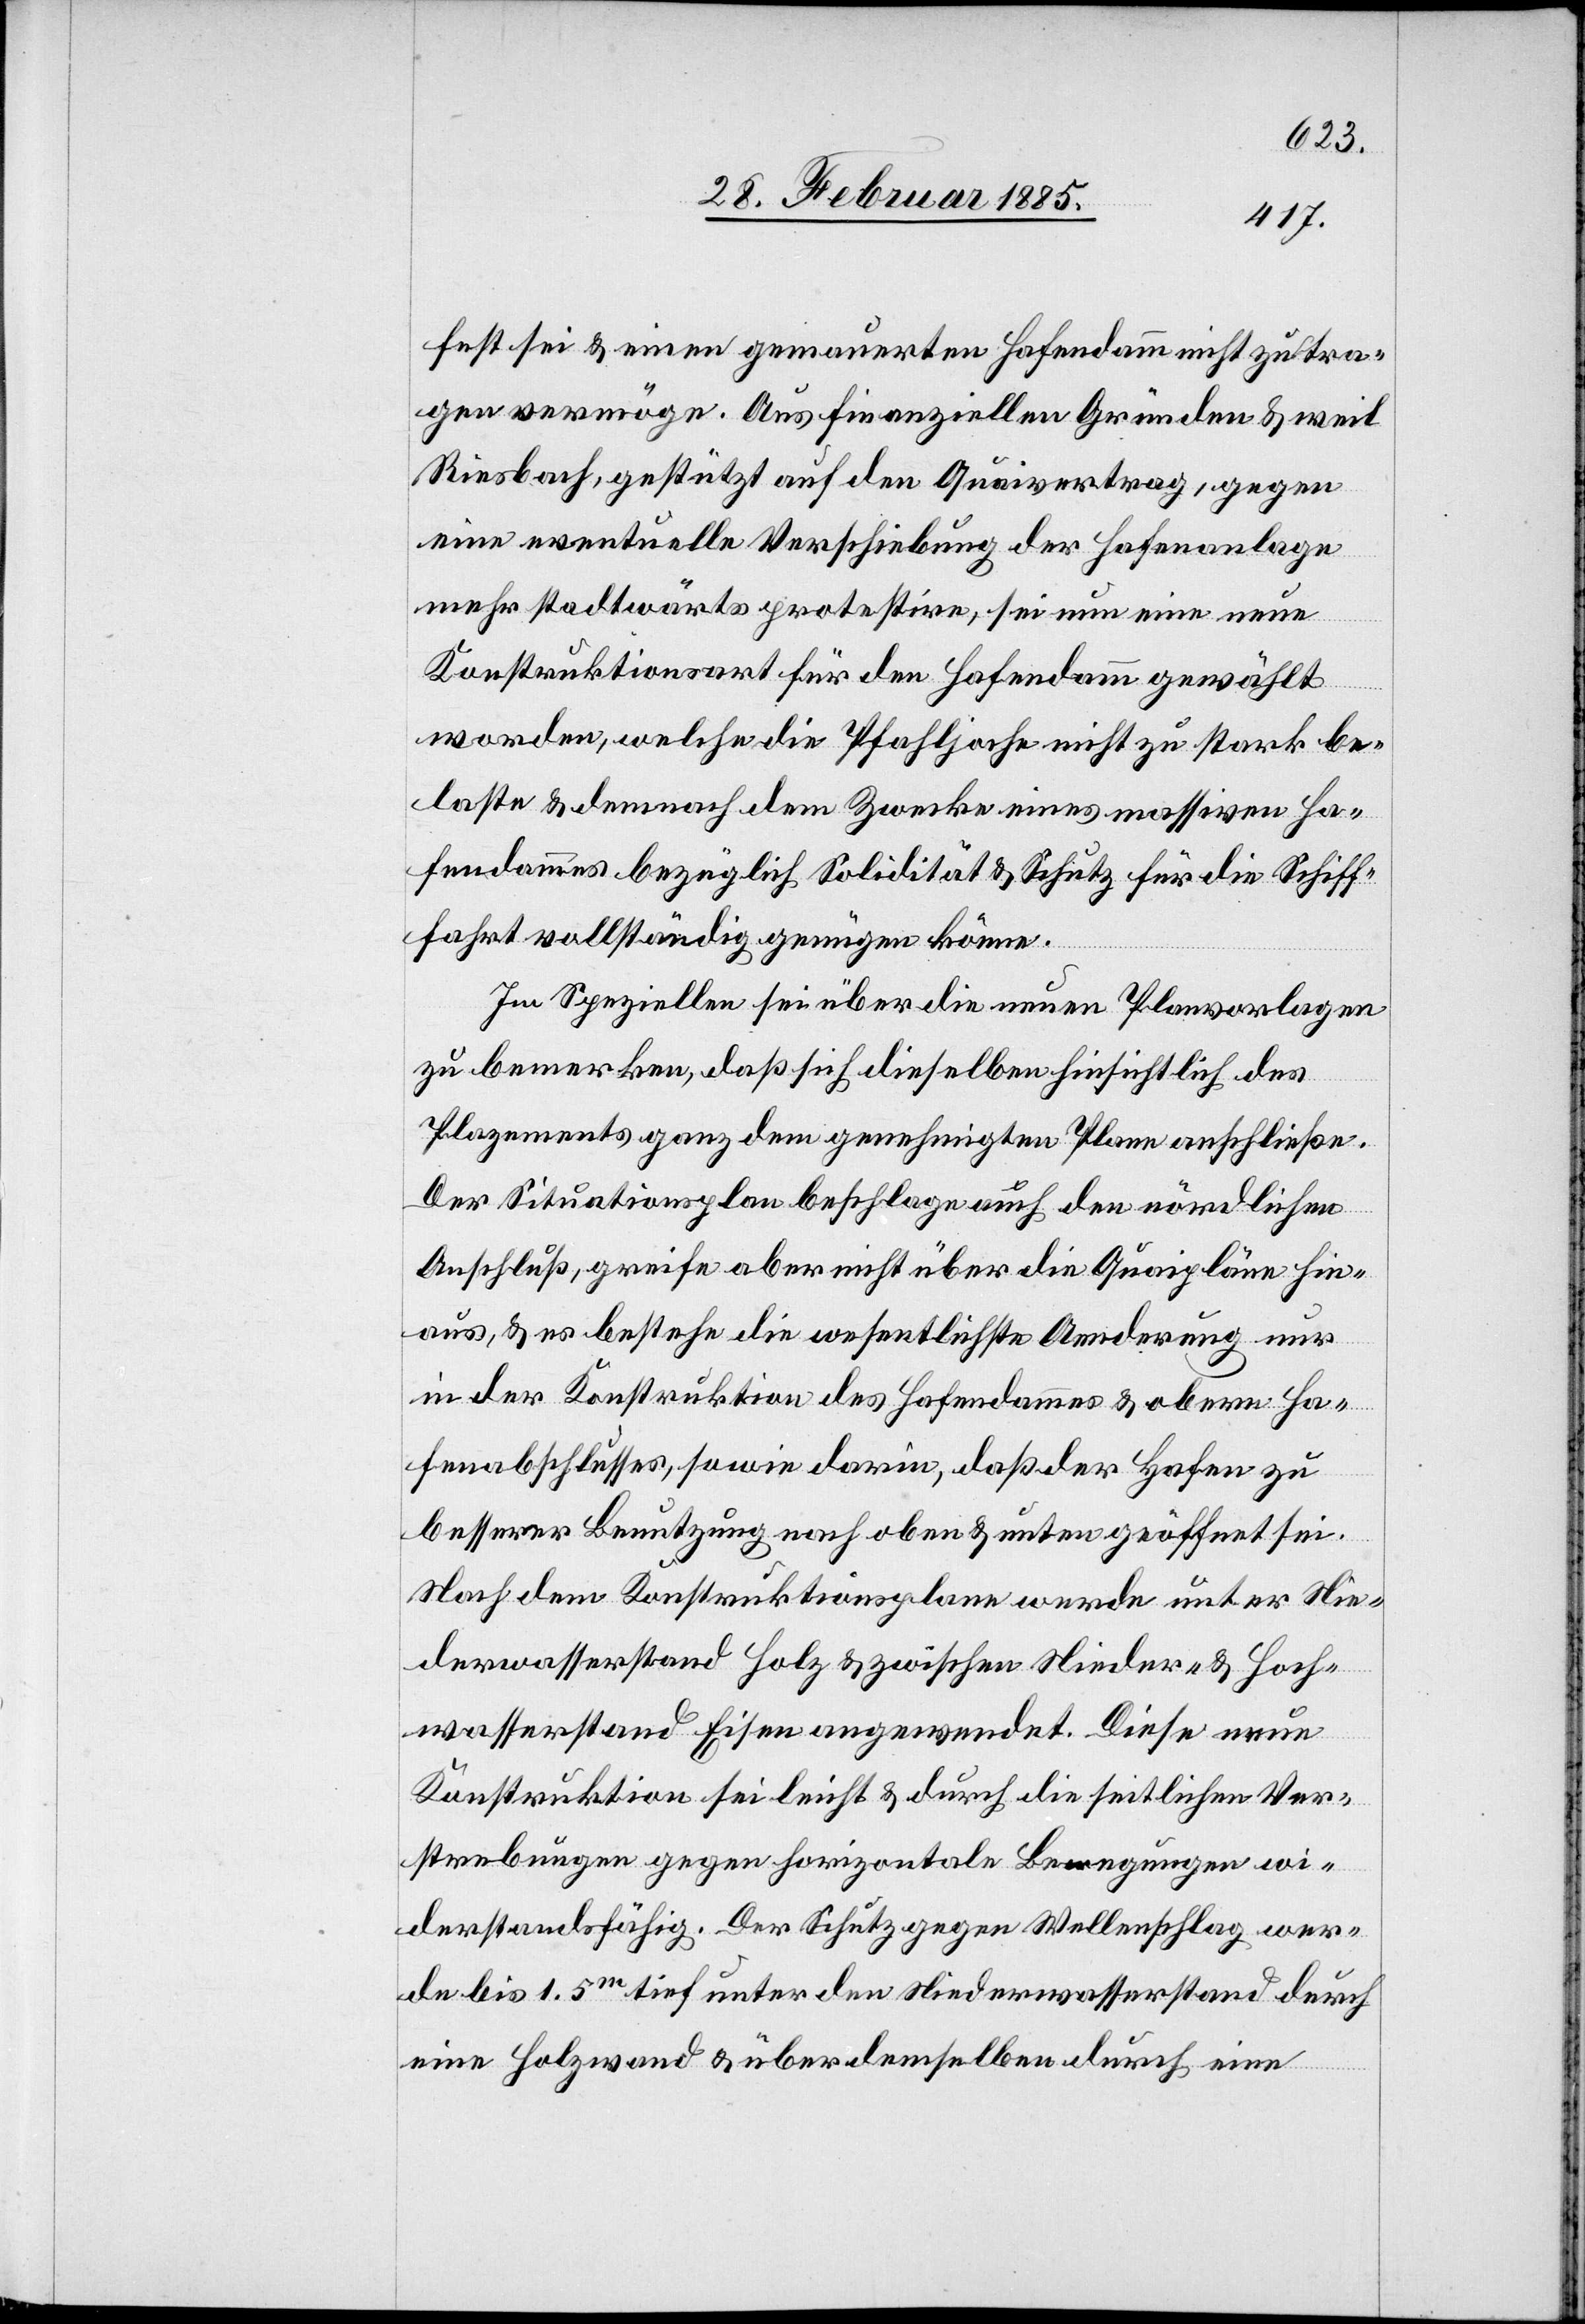
fest sei & einen gemauerten Hafendamm nicht zu tra¬
gen vermöge. Aus finanziellen Gründen & weil
Riesbach, gestützt auf den Quaivertrag, gegen
eine eventuelle Verschiebung der Hafenanlage
mehr stadtwärts protestire, sei nun eine neue
Konstruktionsart für den Hafendamm gewählt
worden, welche die Pfahljoche nicht zu stark be¬
laste & demnach dem Zwecke eines massiven Ha¬
fendammes bezüglich Solidität & Schutz für die Schiff¬
fahrt vollständig genügen könne.
Im Speziellen sei über die neuen Planvorlagen
zu bemerken, daß sich dieselben hinsichtlich des
Plazements ganz dem genehmigten Plane anschließen.
Der Situationsplan beschlage auch den nördlichen
Anschluß, greife aber nicht über die Quaipläne hin¬
aus, & es bestehen die wesentliche Aenderung nur
in der Konstruktion des Hafendammes & obern Ha¬
fenabschlusses, sowie darin, daß der Hafen zu
besserer Benutzung nach oben & unten geöffnet sei.
Nach dem Konstruktionsplane werde unter Nie¬
derwasserstand Holz & zwischen Nieder- & Hoch¬
wasserstand Eisen angewendet. Diese neue
Konstruktion sei leicht & durch die seitlichen Ver¬
strebungen gegen horizontale Bewegungen wi¬
derstandsfähig. Der Schutz gegen Wellenschlag wer¬
de bis 1.5m tief unter den Niederwasserstand durch
eine Holzwand & über demselben durch eine